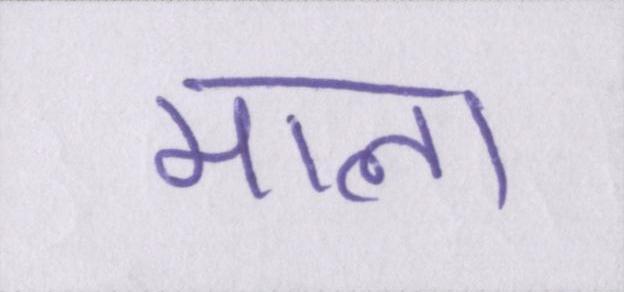
माला